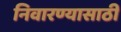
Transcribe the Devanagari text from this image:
निवारण्यासाठी